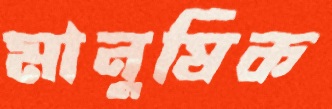
মানুষিক